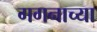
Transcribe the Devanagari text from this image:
गगनाच्या